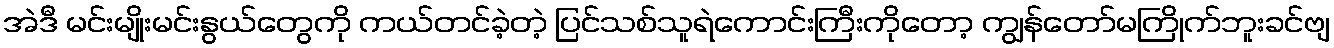
အဲဒီ မင်းမျိုးမင်းနွယ်တွေကို ကယ်တင်ခဲ့တဲ့ ပြင်သစ်သူရဲကောင်းကြီးကိုတော့ ကျွန်တော်မကြိုက်ဘူးခင်ဗျ